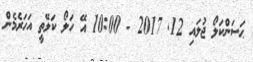
ޙަސަންކަލޯ ޖުލައި 12